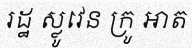
រដ្ឋ ស្លូវេន ក្រូ អាត